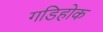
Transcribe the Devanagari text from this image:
गडिहोक